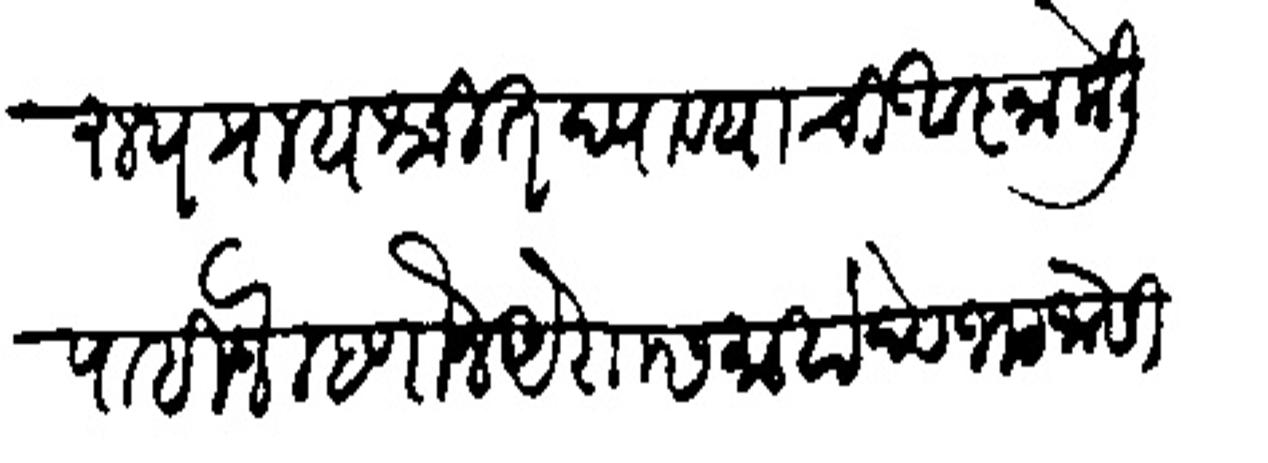
Transliteration (Devanagari): दोषारूप प्रायश्चित्त घ्यावयाची आज्ञा केली पाहिजे म्हणोन ऐशास महादेव भट